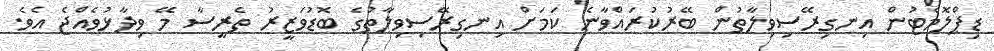
ޑިޕްލޮމެޓުން އިނގިރޭސިވިލާތުން ބޭރުކުރައްވާނެ ކަމަށް އިނގިރޭސިވިލާތުގެ ބޮޑުވަޒީރު ތެރީސާ މޭ ވިދާޅުވެއްޖެ އެވެ.